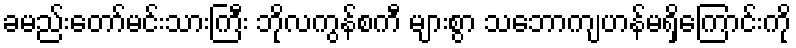
ခမည်းတော်မင်းသားကြီး ဘိုလကွန်စကီ များစွာ သဘောကျဟန်မရှိကြောင်းကို